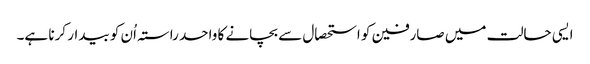
ایسی حالت میں صارفین کو استحصال سے بچانے کا واحد راستہ اُن کو بیدار کرنا ہے۔